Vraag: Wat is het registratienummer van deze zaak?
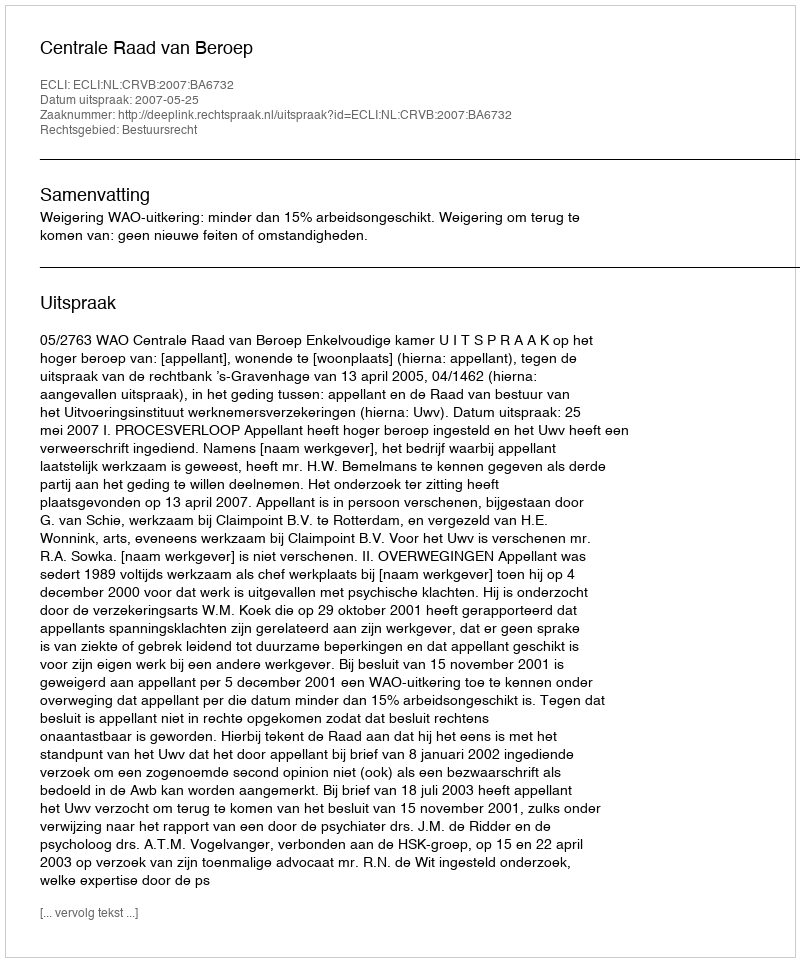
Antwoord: http://deeplink.rechtspraak.nl/uitspraak?id=ECLI:NL:CRVB:2007:BA6732